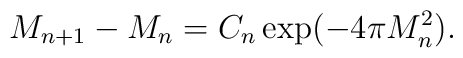
M_{n+1} - M_n = C_n \exp(-4\pi M_n^2).